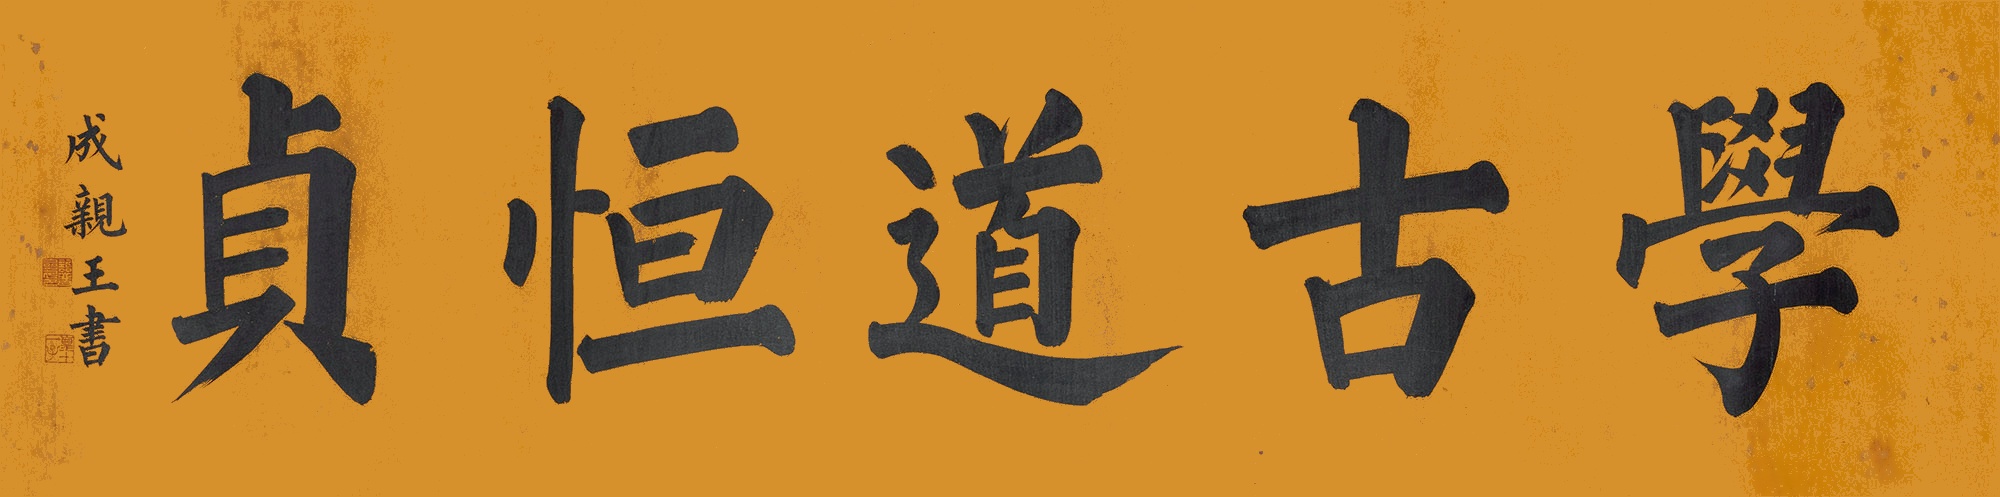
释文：学古道恒贞成亲王书。